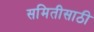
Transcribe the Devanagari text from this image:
समितीसाठी